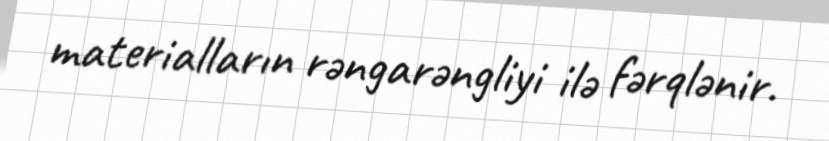
materialların rəngarəngliyi ilə fərqlənir.